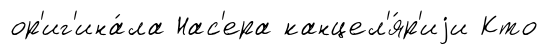
ор'иг'ина́ла Нас'ера канцел'я́р'иjи Кто